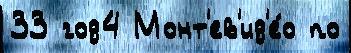
33 год4 Монт'ев'ид'е́о по